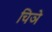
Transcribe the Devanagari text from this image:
चिञे